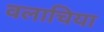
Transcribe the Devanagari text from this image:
वलाचिया